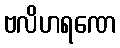
ဗလိဟရဏေ